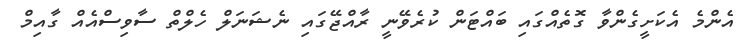
އެންމެ އެކަށީގެންވާ ގޮތެއްގައި ބައްޓަން ކުރެވޭނީ ރާއްޖޭގައި ނެޝަނަލް ހެލްތް ސާވިސްއެއް ގާއިމް